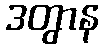
ဒတွာန